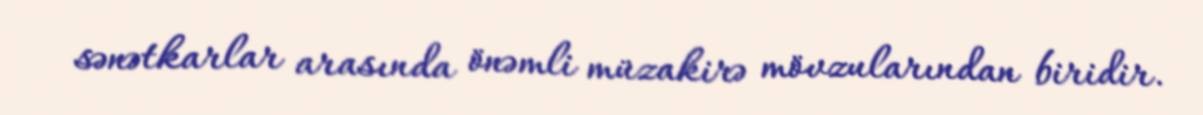
sənətkarlar arasında önəmli müzakirə mövzularından biridir.